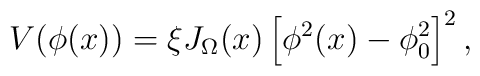
V(\phi(x)) = \xi J_\Omega(x) \left[ 	\phi^2(x) - \phi^2_0 \right]^2,